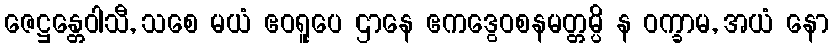
ဇေဋ္ဌန္တေဝါသီ, သစေ မယံ ဧဝရူပေ ဌာနေ ဧကဒွေဝစနမတ္တမ္ပိ န ဝက္ခာမ, အယံ နော